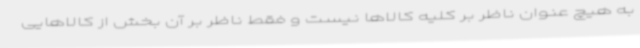
به هیچ عنوان ناظر بر کلیه کالاها نیست و فقط ناظر بر آن بخش از کالاهایی